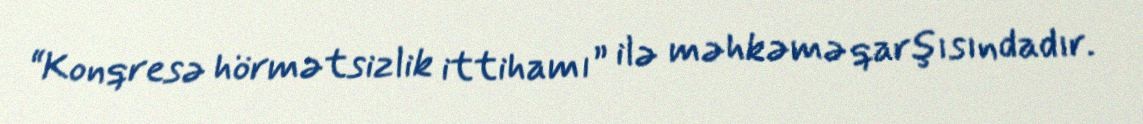
“Konqresə hörmətsizlik ittihamı” ilə məhkəmə qarşısındadır.